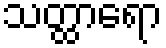
သတ္ထာရော